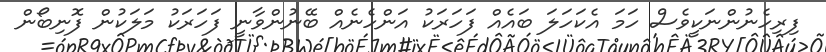
ފިރިހެނުންނަކީވެސް ހަމަ އެކަހަލަ ބައެއް ފަހަރަކު އަންހެނެއް ބޭނުންވާނީ ފަހަރަކު މަލަކުން ފޮނިބޯން